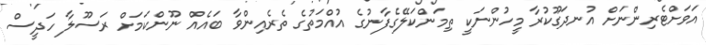
އަވަށްޓެރިންނަށް އުނދަގޫކުރާ މީހުންނަކީ ތިމަންކަލޭގެފާނުގެ އުއްމަތުގެ ތެރެއިންވާ ބައެއް ނޫންކަމަށް ރަސޫލާ ހަދީސް